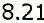
8.21